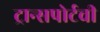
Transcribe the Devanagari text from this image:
ट्रान्सपोर्टची